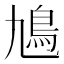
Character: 𩾛